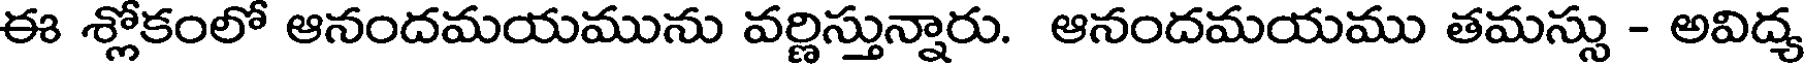
ఈ శ్లోకంలో ఆనందమయమును వర్ణిస్తున్నారు. ఆనందమయము తమస్సు - అవిద్య